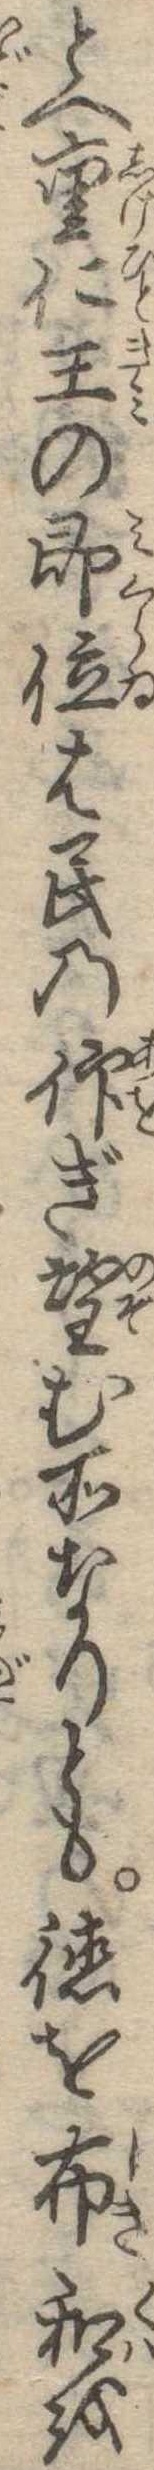
とへ重仁王の即位は民の仰ぎ望む所なりとも徳を布和を